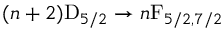
( n + 2 ) \mathrm { D } _ { 5 / 2 } \rightarrow n \mathrm { F } _ { 5 / 2 , 7 / 2 }